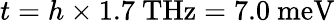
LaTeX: t=h\times 1.7~\mathrm{THz}=7.0~\mathrm{meV}